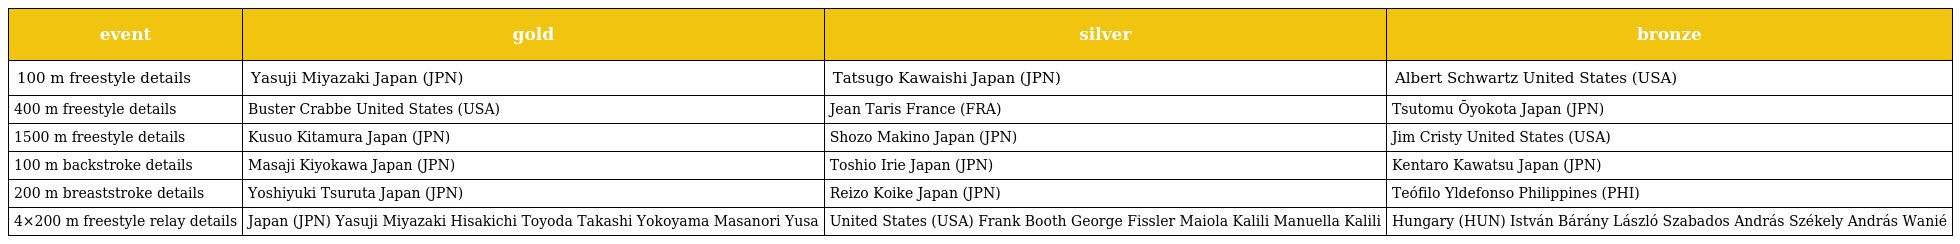
| event | gold | silver | bronze |
 | --- | --- | --- | --- |
 | 100 m freestyle details | Yasuji Miyazaki Japan (JPN) | Tatsugo Kawaishi Japan (JPN) | Albert Schwartz United States (USA) |
 | 400 m freestyle details | Buster Crabbe United States (USA) | Jean Taris France (FRA) | Tsutomu Ōyokota Japan (JPN) |
 | 1500 m freestyle details | Kusuo Kitamura Japan (JPN) | Shozo Makino Japan (JPN) | Jim Cristy United States (USA) |
 | 100 m backstroke details | Masaji Kiyokawa Japan (JPN) | Toshio Irie Japan (JPN) | Kentaro Kawatsu Japan (JPN) |
 | 200 m breaststroke details | Yoshiyuki Tsuruta Japan (JPN) | Reizo Koike Japan (JPN) | Teófilo Yldefonso Philippines (PHI) |
 | 4×200 m freestyle relay details | Japan (JPN) Yasuji Miyazaki Hisakichi Toyoda Takashi Yokoyama Masanori Yusa | United States (USA) Frank Booth George Fissler Maiola Kalili Manuella Kalili | Hungary (HUN) István Bárány László Szabados András Székely András Wanié |